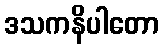
ဒသကနိပါတော